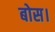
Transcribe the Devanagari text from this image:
बोस।